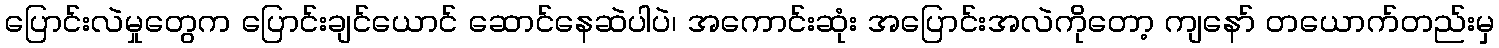
ပြောင်းလဲမှုတွေက ပြောင်းချင်ယောင် ဆောင်နေဆဲပါပဲ၊ အကောင်းဆုံး အပြောင်းအလဲကိုတော့ ကျနော် တယောက်တည်းမှ